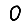
Digit: 0